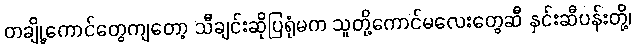
တချို့ကောင်တွေကျတော့ သီချင်းဆိုပြရုံမက သူတို့ကောင်မလေးတွေဆီ နှင်းဆီပန်းတို့၊